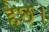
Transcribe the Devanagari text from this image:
हैछ।